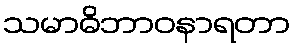
သမာဓိဘာဝနာရတာ